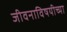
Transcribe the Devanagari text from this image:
जीवनाविषयीच्या